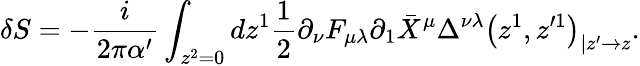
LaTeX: \delta S=-\frac{i}{2\pi\alpha^{\prime}}\int_{z^{2}=0}dz^{1}\frac{1}{2}\partial_{\nu}F_{\mu\lambda}\partial_{1}\bar{X}^{\mu}\Delta^{\nu\lambda}\left(z^{1},z^{\prime 1}\right)_{|z^{\prime}\to z}.